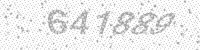
Solution: 641889